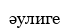
әулиге